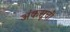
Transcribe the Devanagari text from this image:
अंकसूची